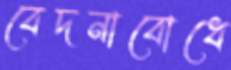
বেদনাবোধে